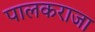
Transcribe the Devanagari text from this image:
पालकराजा